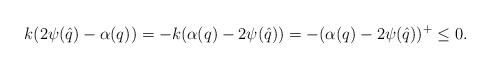
LaTeX: \begin{align*}k(2\psi(\hat{q})-\alpha(q))=-k(\alpha(q)-2\psi(\hat{q}))=-(\alpha(q)-2\psi(\hat{q}))^+\le 0.\end{align*}